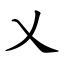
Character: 乂